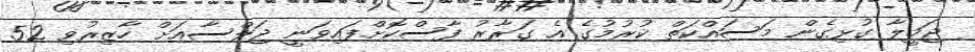
ޖަމީލާ ގުޅިގެން މަސައްކަތް ކުރުމުގެ އެ ގަރާރު ފާސްކޮށްފައިވަނީ ޖަލްސާއަށް ހާޒިރުވި 52